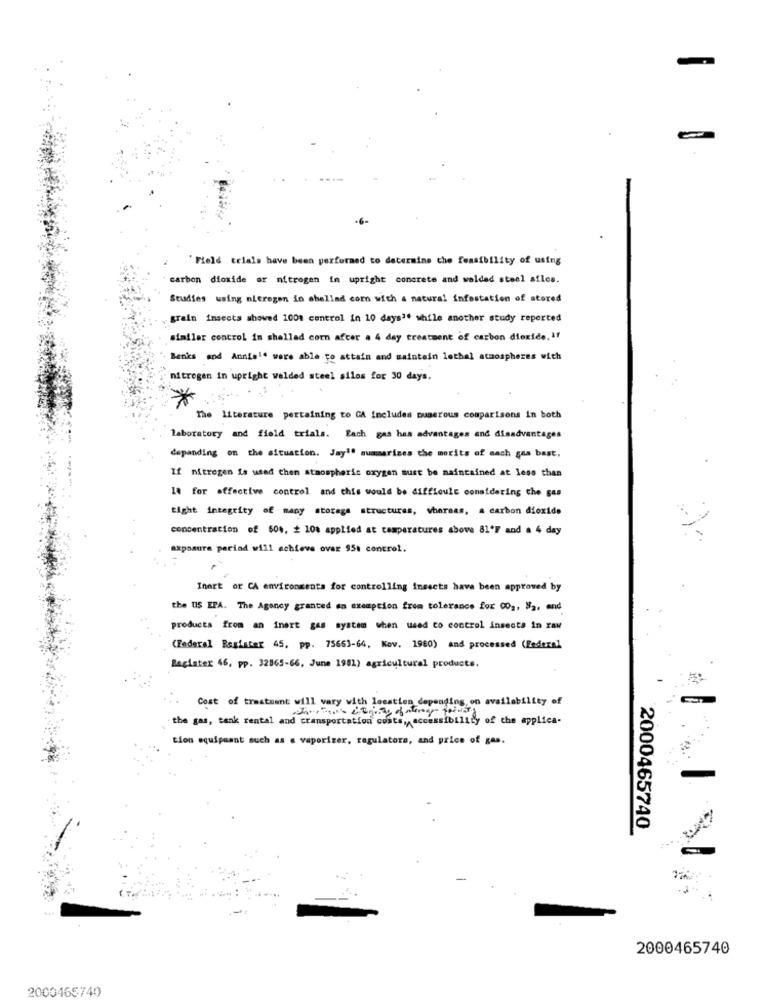
-6-
Field telals have been performed to determine the feasibility of using
carbon dioxide or nitrogen in upright concrete and welded steel siles.
Studies using nitrogen in chellad com with a natural infestation of stored
grain insects showed 1001 control in 10 days". while another study reported
similar control in shellad corn after a 4 day treatment of carbon dioxide. If
Banks and Anniel' were able to attain and maintain lethal atmospheres with
nitrogen in upright welded steel silos for 30 days.
*
The literature pertaining to CA includes numerous comparisons in both
laboratory and field trials. Each gas has advantages and disadvantages
depending on the situation. Jay'' summarizes the merits of anch gas bast,
If nitrogen is used then atmospheric oxygen must be maintained at less than
10 for effective control and this would be difficult considering the gas
tight integrity of many storage structures, whereas, a carbon dioxide
concentration of 604, + 10% applied at temperatures above 81ºF and a 4 day
axposure period will achieve over 954 control.
Inart or CA environments for controlling insects have been approved by
the US EPA. The Agency granted an exemption from tolerance for 00g, "2, and
products from an inert gas system when used to control insecta in raw
(Federal Register 45, pp. 75663-64, Kov. 1960) and processed (Federal
Register 46, pp. 32865-66, June 1981) agricultural products.
Cost of treatment will vary with location depending on availability of
the gas, tank rental and transportation costs ,, accessibility of the applica-
tion equipaant such as a vaporizer, regulators, and price of gas.
2000465740
2000465740
2000465740